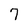
Character: 7